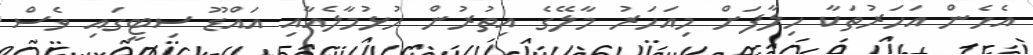
އެހެން އަހަރުތަކާ ހިލާފަށް މިއަހަރު މާލޭގެ އިތުރުން ހުޅުމާލެއާއި އައްޑޫ ސިޓީގައި ވެސް